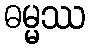
ဓမ္မဿ